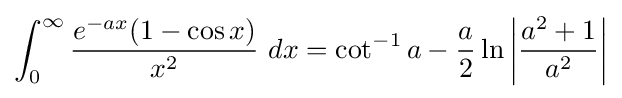
\int _{0}^{\infty }{\frac {e^{-ax}(1-\cos x)}{x^{2}}}\ dx=\cot ^{-1}a-{\frac {a}{2}}\ln \left|{\frac {a^{2}+1}{a^{2}}}\right|